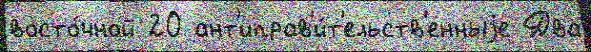
восто́чной 20 ант'иправ'и́т'ельств'енныjе Два